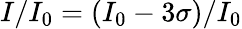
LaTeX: I/I_{0}=(I_{0}-3\sigma)/I_{0}